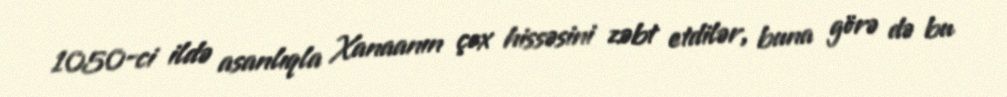
1050-ci ildə asanlıqla Xanaanın çox hissəsini zəbt etdilər, buna görə də bu